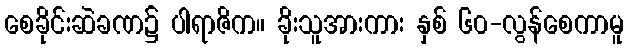
စေခိုင်းဆဲခဏ၌ ပါရာဇိက။ ခိုးသူအားကား နှစ် ၆၀-လွန်စေကာမူ